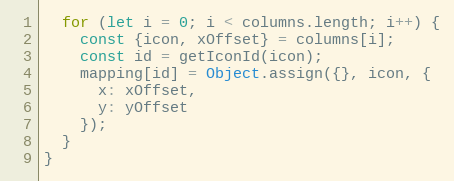
Language: JavaScript
  for (let i = 0; i < columns.length; i++) {
    const {icon, xOffset} = columns[i];
    const id = getIconId(icon);
    mapping[id] = Object.assign({}, icon, {
      x: xOffset,
      y: yOffset
    });
  }
}